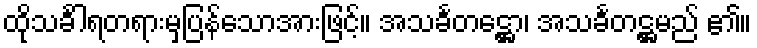
ထိုသင်္ခါရတရားမှပြန်သောအားဖြင့်။ အသင်္ခတဋ္ဌော၊ အသင်္ခတဋ္ဌမည် ၏။